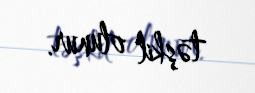
təşkil olunur.